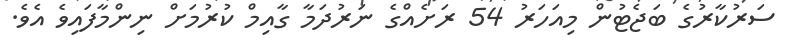
ސަރުކާރުގެ ބަޖެޓުން މިއަހަރު 54 ރަށެއްގެ ނަރުދަމާ ގާއިމް ކުރުމަށް ނިންމާފައިވެ އެވެ.